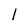
Character: l